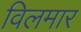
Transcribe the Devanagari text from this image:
विलमार